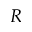
R